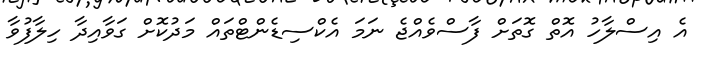
އެ އިސްލާހު އޮތް ގޮތަށް ފާސްވެއްޖެ ނަމަ އެކްސިޑެންޓްތައް މަދުކޮށް ގަވާއިދާ ހިލާފުވާ